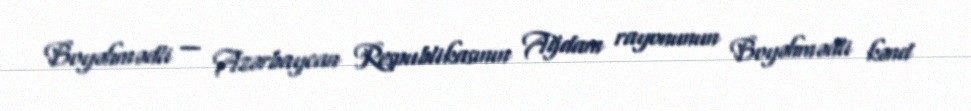
Boyəhmədli — Azərbaycan Respublikasının Ağdam rayonunun Boyəhmədli kənd